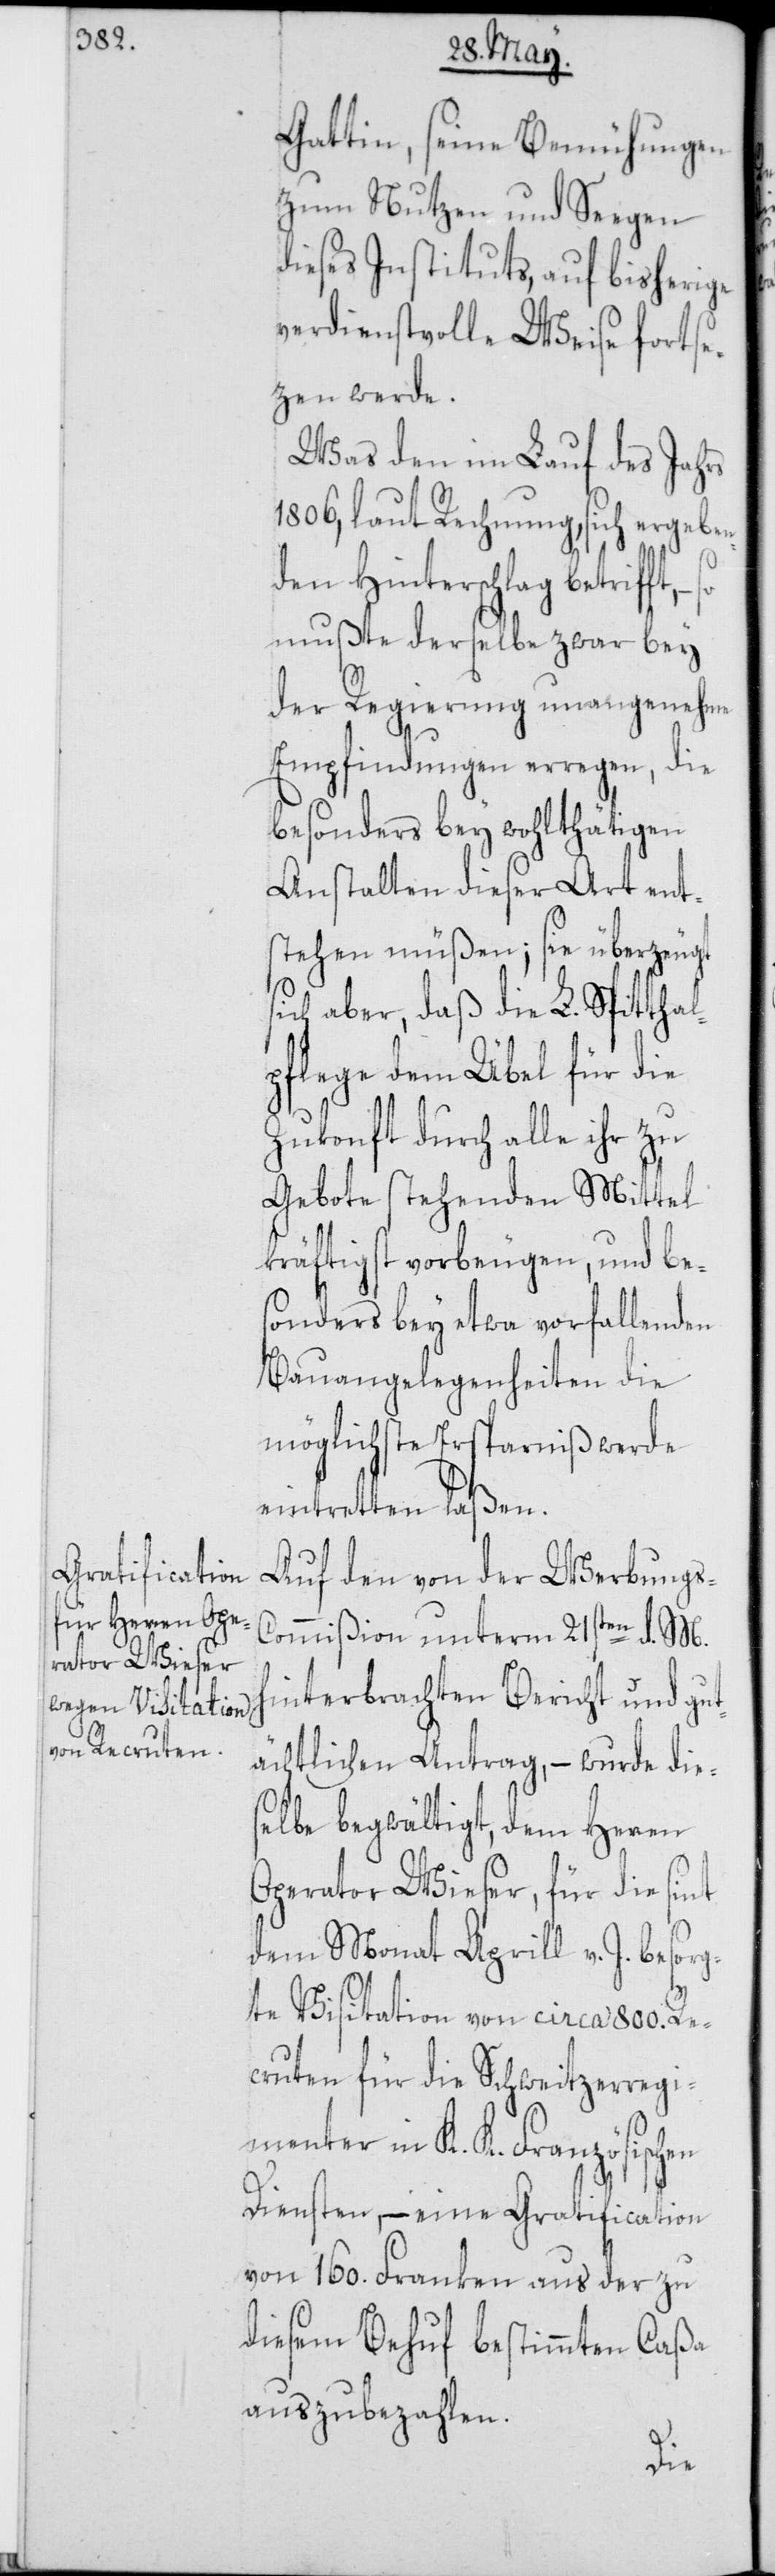
Gattin, seine Bemühungen
zum Nutzen und Seegen
dieses Instituts, auf bisherige
verdienstvolle Weise fortse¬
tzen werde.
Was den im Lauf des Jahrs
1806, laut Rechnung, sich ergeben¬
den Hinterschlag betrifft, –
mußte derselbe zwar bey
der Regierung unangenehme
Empfindungen erregen, die
besonders bey wohlthätigen
Anstalten dieser Art ent¬
stehen müßen; sie überzeugt
sich aber, daß die L. Spitthal¬
pflege dem Übel für die
Zukonft durch alle ihr zu
Gebote stehenden Mittel
kräftigst vorbeugen, und bes¬
onders bey etwa vorfallenden
Bauangelegenheiten die
möglichste Ersparniß werde
eintretten laßen.
Auf den von der Werbungs-C¬
ommißion unterm 21sten d. M.
hinterbrachten Bericht und gut¬
ächtlichen Antrag, – wurde die¬
selbe begwältigt, dem Herren
Operator Wieser, für die sint
dem Monat Aprill v. J. besorg¬
te Visitation von circa 800. Re¬
cruten für die Schweitzerregi¬
menter in K. K. Französischen
Diensten, – eine Gratification
von 160. Franken aus der zu
diesem Behuf bestimmten Caßa
auszubezahlen.